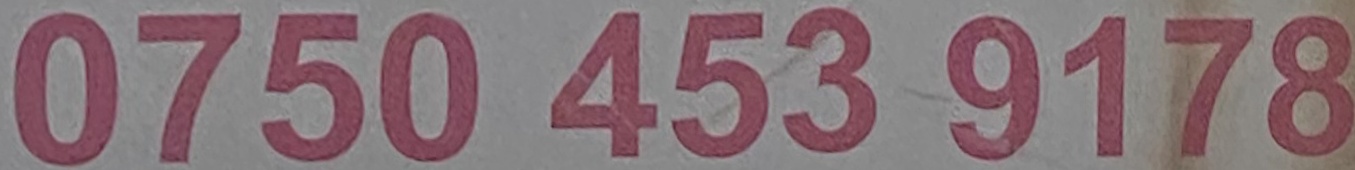
0750 453 9178